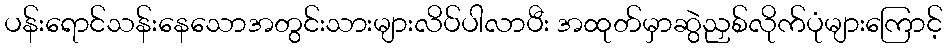
ပန်းရောင်သန်းနေသောအတွင်းသားများလိပ်ပါလာပီး အထုတ်မှာဆွဲညှစ်လိုက်ပုံများကြောင့်